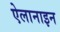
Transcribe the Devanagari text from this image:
ऐलानाइन